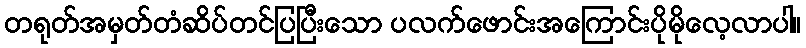
တရုတ်အမှတ်တံဆိပ်တင်ပြပြီးသော ပလက်ဖောင်းအကြောင်းပိုမိုလေ့လာပါ။